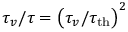
\tau _ { v } / \tau = \big ( \tau _ { v } / \tau _ { \mathrm { t h } } \big ) ^ { 2 }